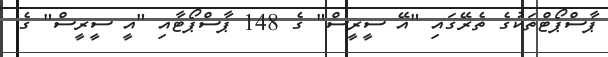
ޕާސްޕޯޓްތަކުގެ ތެރޭގައި "އޭ ސީރީސް" ގެ 148 ޕާސްޕޯޓާއި "އީ ސީރީސް" ގެ